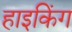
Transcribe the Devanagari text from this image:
हाइकिंग